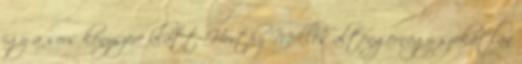
így a sors kényszere alatt Horthy Miklós altengernagy szokatlan